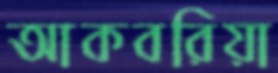
আকবরিয়া